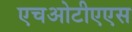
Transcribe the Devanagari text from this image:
एचओटीएएस